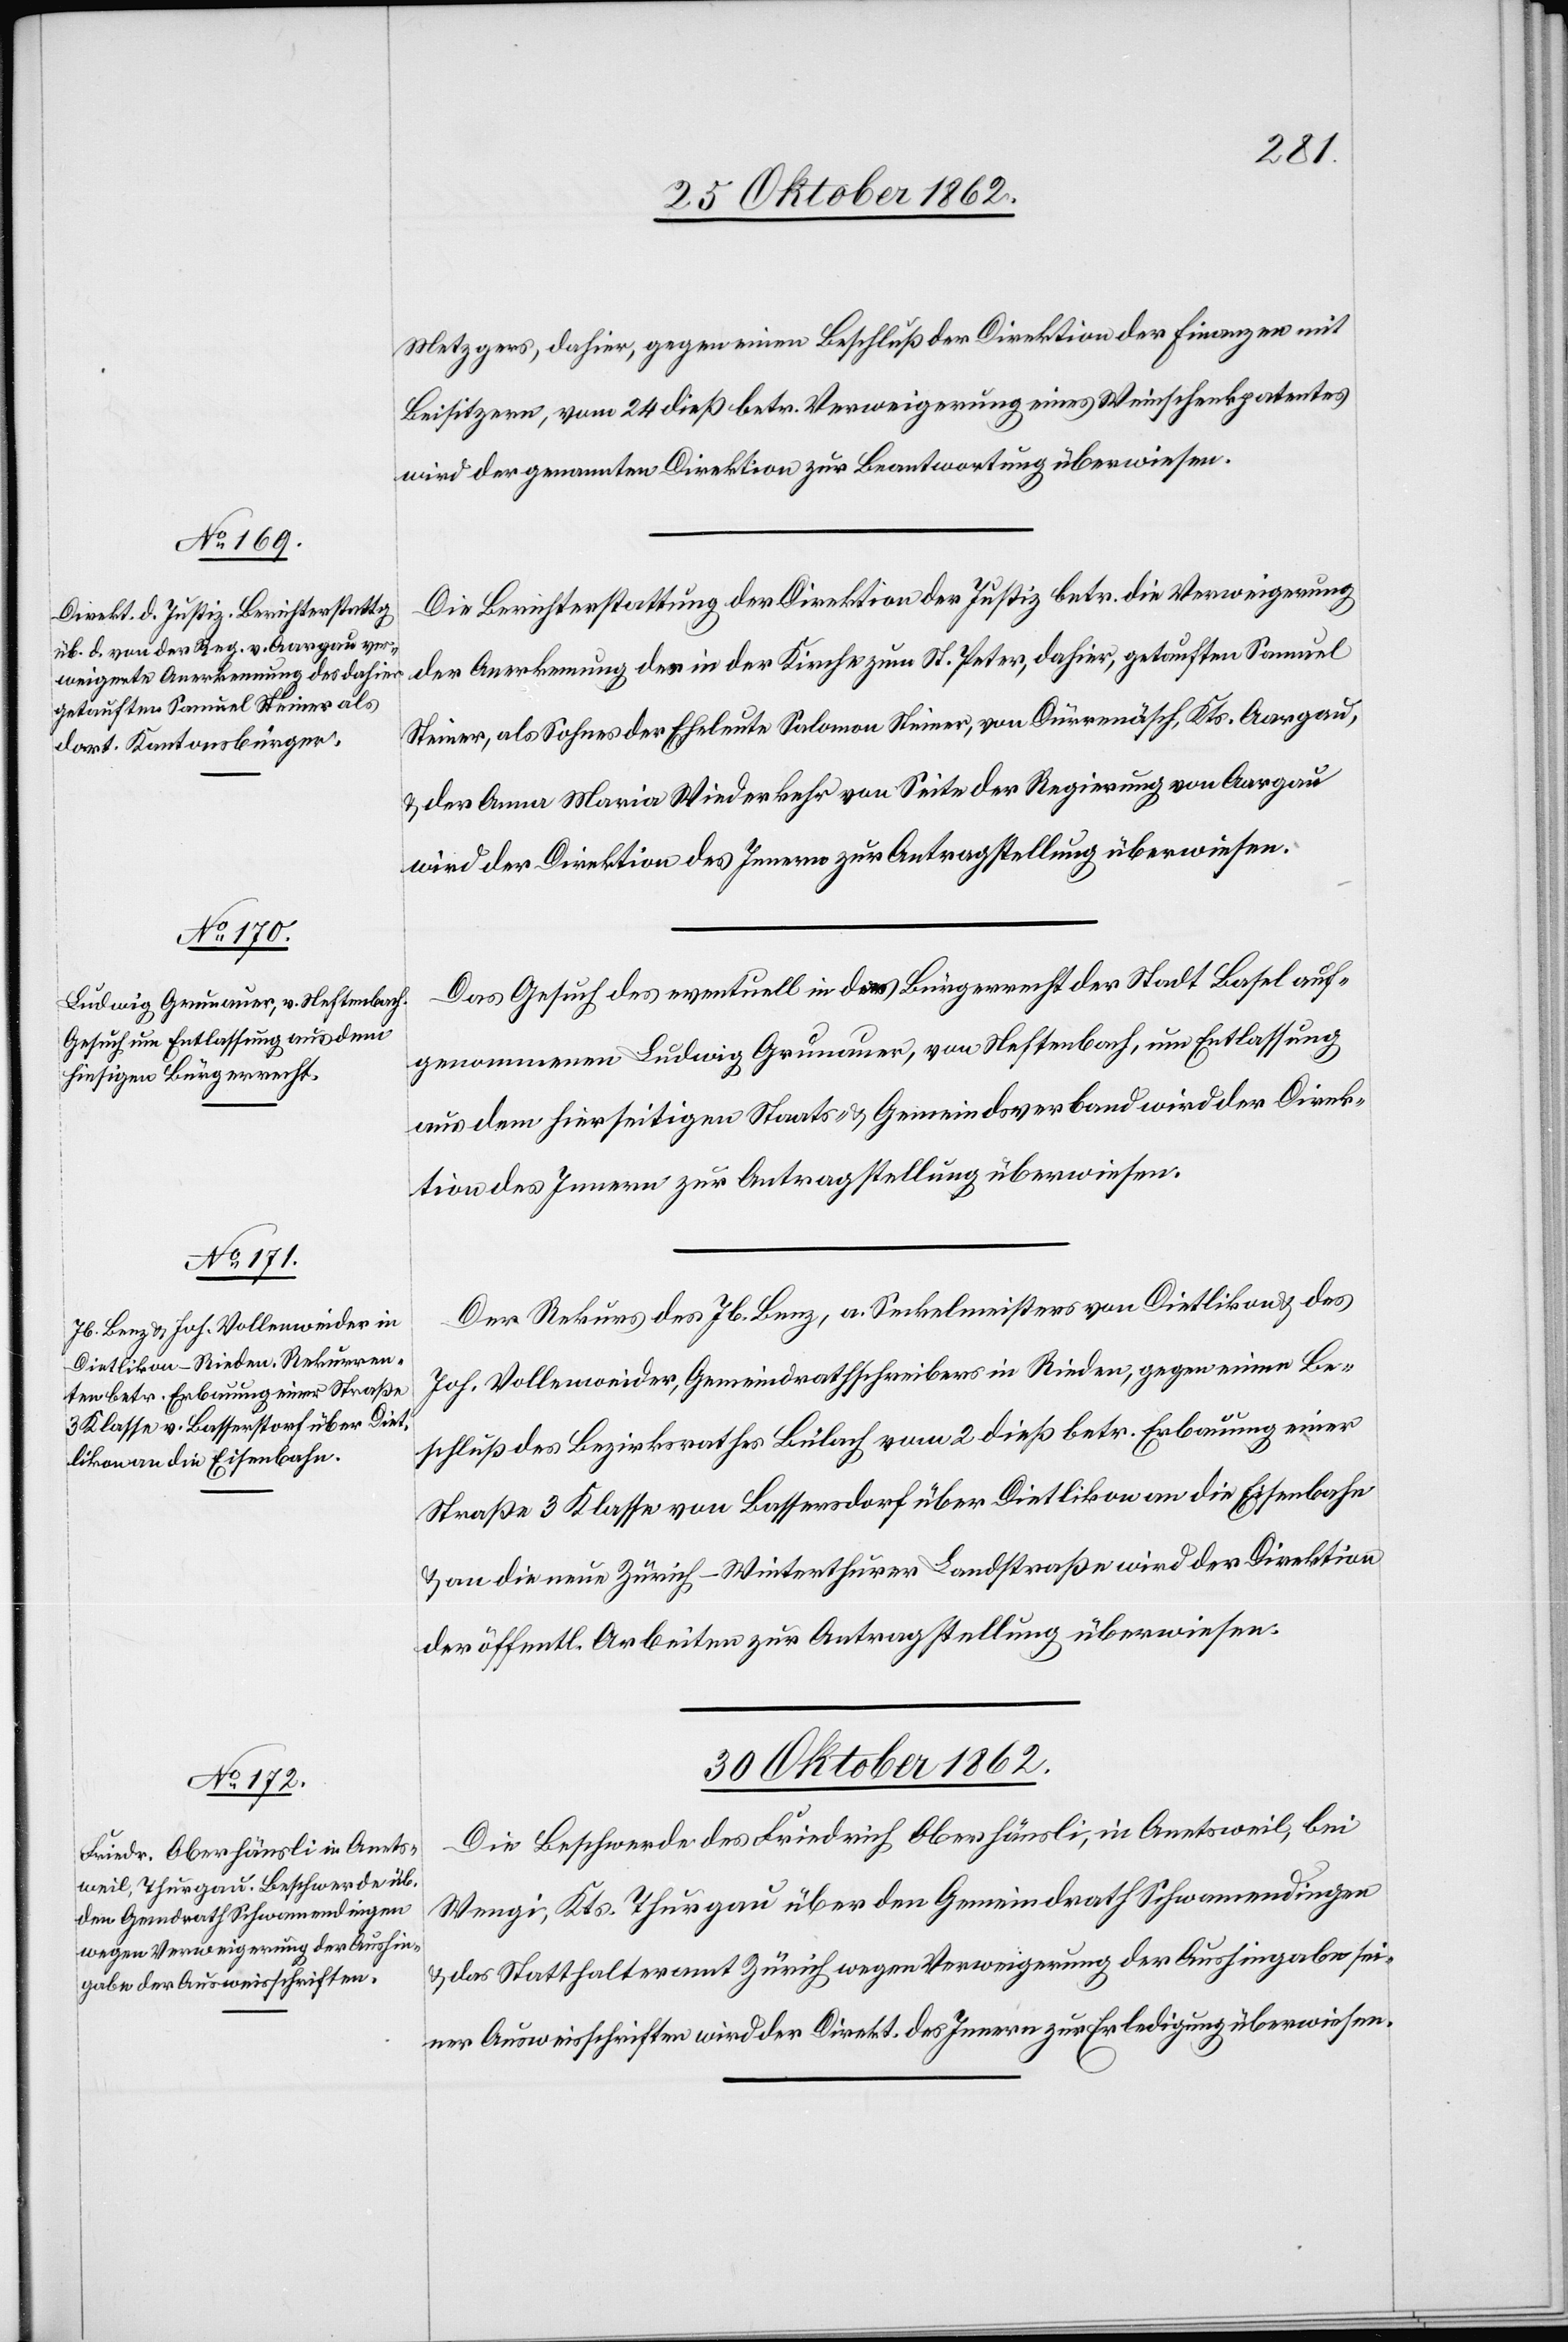
29. Oktober 1862.]
Metzgers, dahier, gegen einen Beschluß der Direktion der Finanzen mit
Beisitzern, vom 24. dieß betr. Verweigerung eines Weinschenkpatentes
wird der genannten Direktion zur Beantwortung überwiesen.
Die Berichterstattung der Direktion der Justiz betr. die Verweigerung
der Anerkennung des in der Kirche zum St. Peter, dahier, getauften Samuel
Steiner, als Sohnes der Eheleute Salomon Steiner, von Dürrenäsch, Kts. Aargau,
u. der Anna Maria Wiederkehr von Seite der Regierung von Aargau
wird der Direktion des Innern zur Antragstellung überwiesen.
Das Gesuch des eventuell in das Bürgerrecht der Stadt Basel auf¬
genommenen Ludwig Grunauer, von Neftenbach, um Entlassung
aus dem hierseitigen Staats- u. Gemeindsverband wird der Direk¬
tion des Innern zur Antragstellung überwiesen
Der Rekurs des Jb. Benz, a. Seckelmeisters von Dietlikon u. des
Joh. Vollenweider, Gemeindrathschreibers in Rieden, gegen einen Be¬
schluß des Bezirksrathes Bülach vom 2. dieß betr. Erbauung einer
Straße 3. Klasse von Bassersdorf [sic!] über Dietlikon an die Eisenbahn
u. an die neue Zürich–Winterthurer Landstraße wird der Direktion
der öffentl. Arbeiten zur Antragstellung überwiesen.
30. Oktober 1862.
Die Beschwerde des Friedrich Oberhänsli, in Anetsweil, bei
Wengi, Kts. Thurgau über den Gemeindrath Schwamendingen
der Statthalteramt Zürich wegen Verweigerung der Aushingabe sei¬
ner Ausweisschriften wird der Direkt. des Innern zur Erledigung überwiesen.